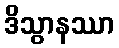
ဒိသွာနဿာ